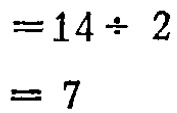
\[
\begin{align*}
&=14\div2\\
&=7
\end{align*}
\]